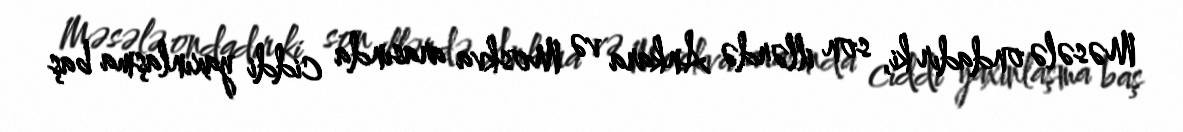
Məsələ ondadır ki, son illərdə Ankara və Moskva arasında ciddi yaxınlaşma baş